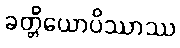
ခတ္တိယောပိဿာဿ